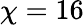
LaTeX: \chi=16